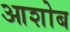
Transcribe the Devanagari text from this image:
आशोब